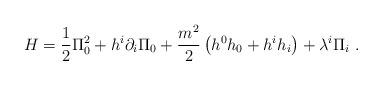
LaTeX: \begin{align*}H=\frac{1}{2}\Pi _{0}^{2}+h^{i}\partial _{i}\Pi _{0}+\frac{m^{2}}{2}\left(h^{0}h_{0}+h^{i}h_{i}\right) +\lambda ^{i}\Pi _{i}\ .\end{align*}